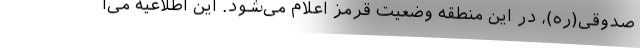
صدوقی(ره)، در این منطقه وضعیت قرمز اعلام می‌شود. این اطلاعیه می‌ا